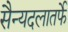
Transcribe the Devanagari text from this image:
सैन्यदलातर्फे